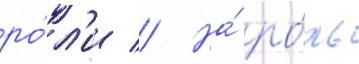
ро́л'и // На́ ро́ль